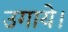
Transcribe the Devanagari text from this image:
उगाये।